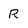
Character: R